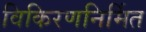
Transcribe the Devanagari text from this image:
विकिरणनिर्मित